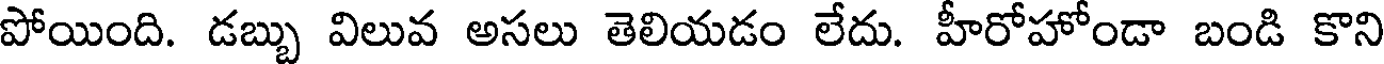
పోయింది. డబ్బు విలువ అసలు తెలియడం లేదు. హీరోహోండా బండి కొని